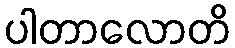
ပါတာလောတိ